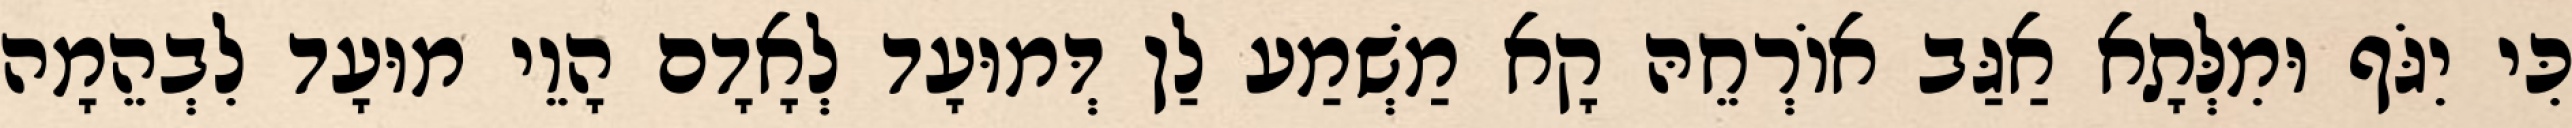
כִּי יִגֹּף וּמִלְּתָא אַגַּב אוֹרְחֵהּ קָא מַשְׁמַע לַן דְּמוּעָד לְאָדָם הָוֵי מוּעָד לִבְהֵמָה